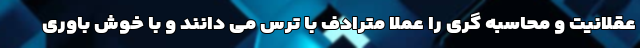
عقلانیت و محاسبه گری را عملاً مترادف با ترس می دانند و با خوش باوری